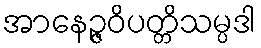
အာနေဉ္ဇဝိပတ္တိသမ္ပဒါ